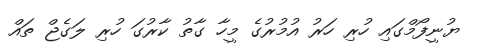
ޔުނީފޯމްގައި ހުރި ހަރު އުމުރުގެ މީހާ ގާތު ކާރުގަ ހުރި ލަގެޖް ތައް